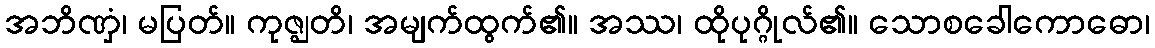
အဘိဏှံ၊ မပြတ်။ ကုဇ္ဈတိ၊ အမျက်ထွက်၏။ အဿ၊ ထိုပုဂ္ဂိုလ်၏။ သောစခေါကောဓော၊